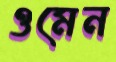
ওমেন